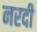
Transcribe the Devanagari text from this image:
नरदी